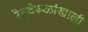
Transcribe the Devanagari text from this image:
रेल्वेरूळांखाली